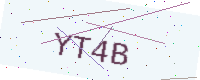
Text: YT4B